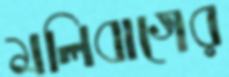
মলিবাগের